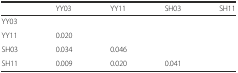
<table><thead><tr><td></td><td><b>YY03</b></td><td><b>YY11</b></td><td><b>SH03</b></td><td><b>SH11</b></td></tr></thead><tbody><tr><td>YY03</td><td></td><td></td><td></td><td></td></tr><tr><td>YY11</td><td>0.020</td><td></td><td></td><td></td></tr><tr><td>SH03</td><td>0.034</td><td>0.046</td><td></td><td></td></tr><tr><td>SH11</td><td>0.009</td><td>0.020</td><td>0.041</td><td></td></tr></tbody></table>